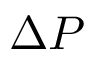
\Delta P